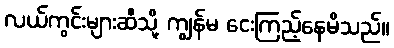
လယ်ကွင်းများဆီသို့ ကျွန်မ ငေးကြည့်နေမိသည်။